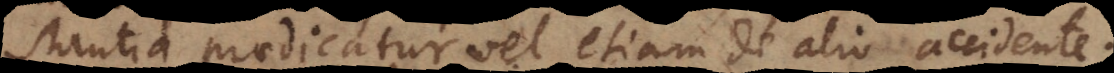
stantia praedicatur vel etiam de alio accidente.